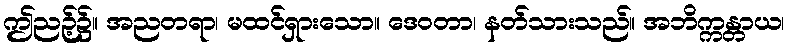
ဤညဉ့်၌။ အညတရာ၊ မထင်ရှားသော။ ဒေဝတာ၊ နတ်သားသည်။ အဘိက္ကန္တာယ၊